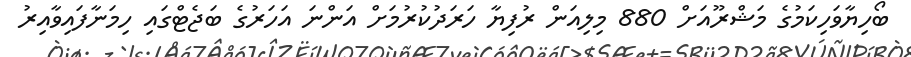
ބޯހިޔާވަހިކަމުގެ މަޝްރޫއަށް 880 މިލިއަން ރުފިޔާ ހަރަދުކުރުމަށް އަންނަ އަހަރުގެ ބަޖެޓްގައި ހިމަނާފައިވާއިރު